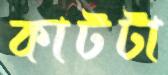
কাটটা